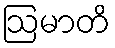
ဩမာတိ